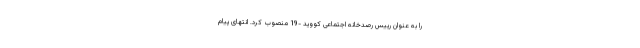
را به عنوان رییس رصدخانه اجتماعی کووید -19 منصوب کرد. انتهای پیام